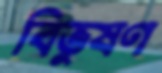
বিভুষণ